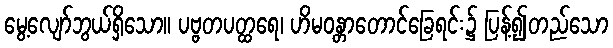
မွေ့လျော်ဘွယ်ရှိသော။ ပဗ္ဗတပတ္ထရေ၊ ဟိမဝန္တာတောင်ခြေရင်း၌ ပြန့်၍တည်သော